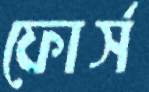
ফোর্স